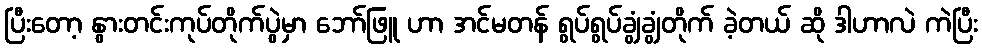
ပြီးတော့ နွားတင်းကုပ်တိုက်ပွဲမှာ ဘော်ဖြူ ဟာ အင်မတန် ရွပ်ရွပ်ချွံချွံတိုက် ခဲ့တယ် ဆို ဒါဟာလဲ ကဲပြီး